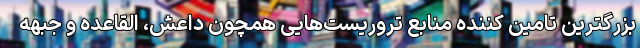
بزرگترین تامین کننده منابع تروریست‌هایی همچون داعش، القاعده و جبهه